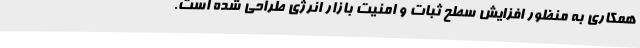
همکاری به منظور افزایش سطح ثبات و امنیت بازار انرژی طراحی شده است.